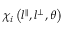
\chi _ { i } \left( l ^ { \parallel } , l ^ { \perp } , \theta \right)